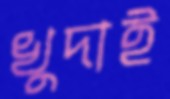
খুদাই